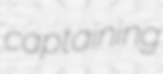
captaining